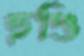
হুণ্ডি